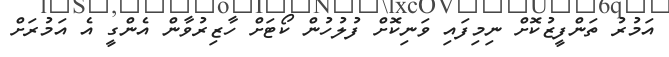
އަމުރު ތަންފީޒުކޮށް ނިމިފައި ވަނިކޮށް ފުލުހުން ކޯޓަށް ހާޒިރުވާން އެންގީ އެ އަމުރަށް